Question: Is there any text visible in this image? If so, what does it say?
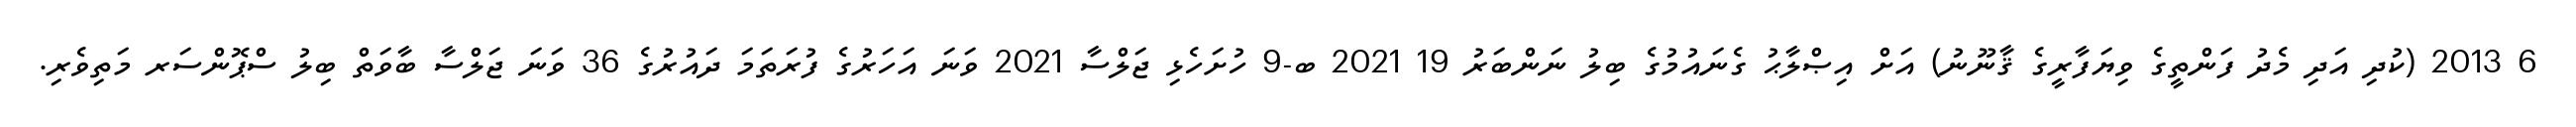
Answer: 6 2013 (ކުދި އަދި މެދު ފަންތީގެ ވިޔަފާރީގެ ޤާނޫނު) އަށް އިޞްލާޙު ގެނައުމުގެ ބިލު ނަންބަރު 19 2021 ބ-9 ހުށަހެޅި ޖަލްސާ 2021 ވަނަ އަހަރުގެ ފުރަތަމަ ދައުރުގެ 36 ވަނަ ޖަލްސާ ބާވަތް ބިލު ސްޕޮންސަރ މަތިވެރި.